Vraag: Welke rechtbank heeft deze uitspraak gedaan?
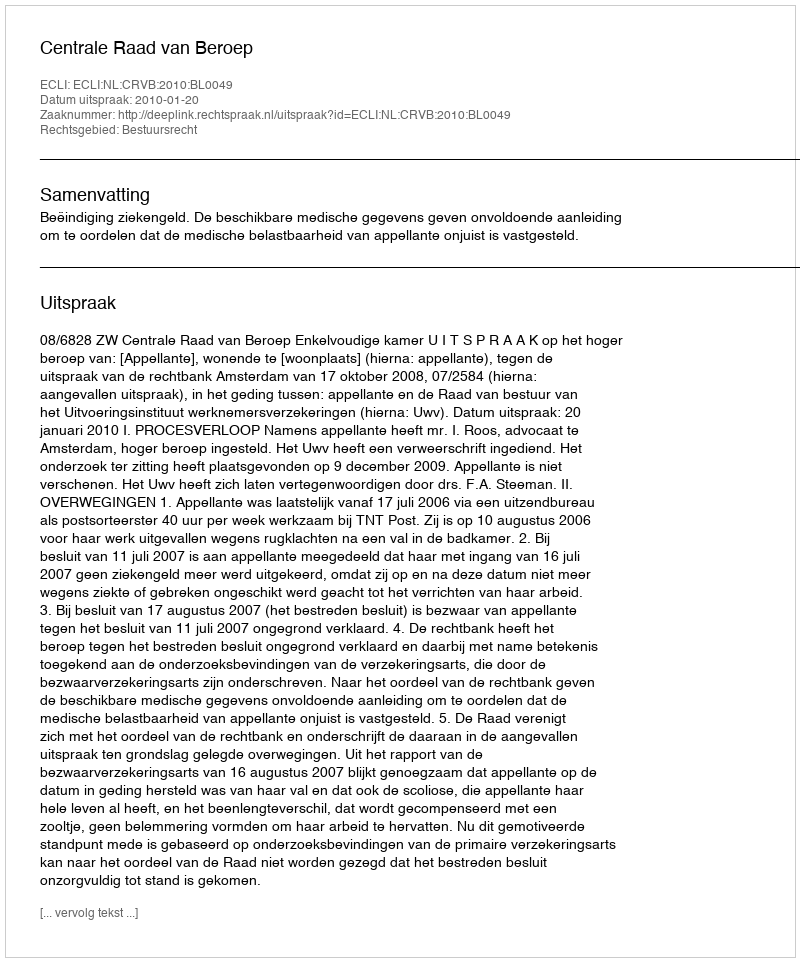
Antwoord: Centrale Raad van Beroep